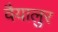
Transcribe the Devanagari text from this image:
वैयालुर